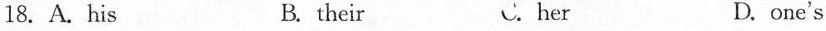
18. A.His B. their C. her D. one's